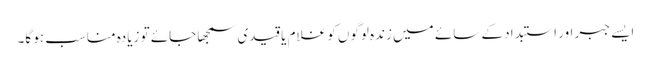
ایسے جبر اور استبداد کے سائے میں زندہ لوگوں کو غلام یا قیدی سمجھا جائے تو زیادہ مناسب ہو گا۔